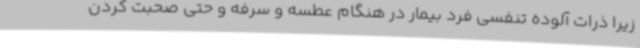
زیرا ذرات آلوده تنفسی فرد بیمار در هنگام عطسه و سرفه و حتی صحبت کردن